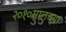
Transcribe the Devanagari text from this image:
२०१०सालच्या